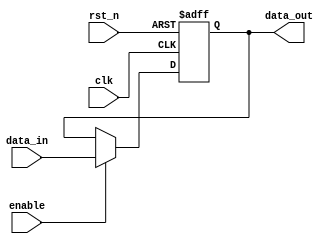
module output_register #(
    parameter WIDTH = 8  // Parameter to set the width of the register
)(
    input wire clk,          // Clock input
    input wire rst_n,        // Active-low asynchronous reset
    input wire enable,       // Enable input
    input wire [WIDTH-1:0] data_in, // Data input
    output reg [WIDTH-1:0] data_out // Data output
);

// Asynchronous reset and synchronous data capture
always @(posedge clk or negedge rst_n) begin
    if (!rst_n) begin
        data_out <= {WIDTH{1'b0}}; // Initialize output to 0
    end else if (enable) begin
        data_out <= data_in; // Capture input data on clock edge
    end
    // If enable is low, data_out retains its last value
end

endmodule